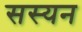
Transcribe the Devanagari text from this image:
सस्यन